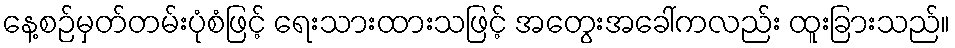
နေ့စဉ်မှတ်တမ်းပုံစံဖြင့် ရေးသားထားသဖြင့် အတွေးအခေါ်ကလည်း ထူးခြားသည်။